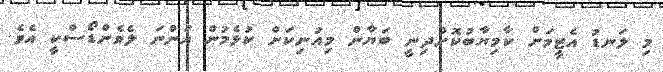
މި ލަނޑު އެޓީމަށް ކާމިޔާބުކޮށްދިނީ ބަޔާން މިއުނިކަށް ކުޅެމުން އަންނަ ލެވެންޑޯސްކީ އެވެ.